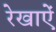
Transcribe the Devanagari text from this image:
रेखाऐं